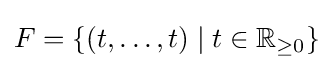
F=\{(t,\dots ,t)\mid t\in \mathbb {R} _{\geq 0}\}